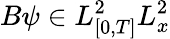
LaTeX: B\psi\in L_{[0,T]}^{2}L_{x}^{2}